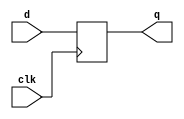
module dff
    ( input d, clk, output reg q );
    initial begin
      q = 0;
    end
	always @( posedge clk )
            q <= d;
endmodule

module dffe
    ( input d, clk, en, output reg q );
    initial begin
      q = 0;
    end
	always @( posedge clk)
		if ( en )
			q <= d;
endmodule

module adff
    ( input d, clk, clr, output reg q );
    initial begin
      q = 0;
    end
	always @( posedge clk, posedge clr )
		if ( clr )
			q <= 1'b0;
		else
            q <= d;
endmodule